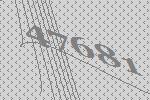
47681